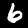
Label: 6